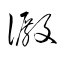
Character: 澱